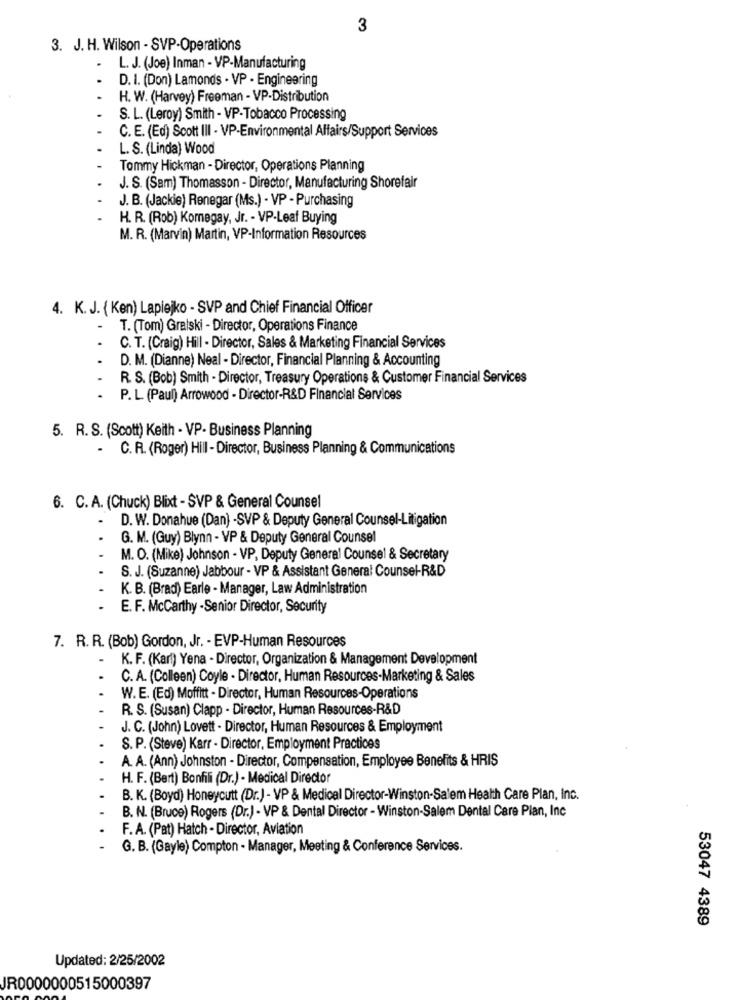
3
3. J. H. Wilson - SVP-Operations
.
L. J. (Joe) Inman - VP-Manufacturing
D. I. (Don) Lamonds - VP - Engineering
H. W. (Harvey) Freeman - VP-Distribution
S. L. (Leroy) Smith - VP-Tobacco Processing
C. E. (Ed) Scott III - VP-Environmental Affairs/Support Services
L. S. (Linda) Wood
Tommy Hickman - Director, Operations Planning
J. S. (Sam) Thomasson - Director, Manufacturing Shorefair
J. B. (Jackie) Renegar (Ms.) - VP - Purchasing
H. R. (Rob) Komnegay, Jr. - VP-Leaf Buying
M. R. (Marvin) Martin, VP-Information Resources
4. K.J. { Ken) Lapiejko - SVP and Chief Financial Officer
T. (Tom) Gralski - Director, Operations Finance
C. T. (Craig) Hill - Director, Sales & Marketing Financial Services
...
D. M. (Dianne) Neal - Director, Financial Planning & Accounting
R. S. (Bob) Smith - Director, Treasury Operations & Customer Financial Services
.
P. L. (Paul) Arrowood - Director-R&D Financial Services
5. R. S. (Scott) Keith - VP- Business Planning
.
C. R. (Roger) Hill - Director, Business Planning & Communications
6. C. A. (Chuck) Blixt - SVP & General Counsel
.
D. W. Donahue (Dan) -SVP & Deputy General Counsel-Litigation
G. M. (Guy) Blynn - VP & Deputy General Counsel
M. O. (Mike) Johnson - VP, Deputy General Counsel & Secretary
S. J. (Suzanne) Jabbour - VP & Assistant General Counsel-R&D
K. B. (Brad) Earle - Manager, Law Administration
E. F. McCarthy -Senior Director, Security
7. R. R. (Bob) Gordon, Jr. - EVP-Human Resources
K. F. (Karl) Yena - Director, Organization & Management Development
C. A. (Colleen) Coyle - Director, Human Resources-Marketing & Sales
...
W. E. (Ed) Moffitt - Director, Human Resources-Operations
R. S. (Susan) Clapp - Director, Human Resources-R&D
J. C. (John) Lovett - Director, Human Resources & Employment
S. P. (Steve) Karr - Director, Employment Practices
A. A. (Ann) Johnston - Director, Compensation, Employee Benefits & HRIS
H. F. (Bert) Bonfili (Dr.) - Medical Director
B. K. (Boyd) Honeycutt (Dr.) - VP & Medical Director-Winston-Salem Health Care Plan, Inc.
B. N. (Bruce) Rogers (Dr.) - VP & Dental Director - Winston-Salem Dental Care Plan, Inc
F. A. (Pat) Hatch - Director, Aviation
G. B. (Gayle) Compton - Manager, Meeting & Conference Services.
53047 4389
Updated: 2/25/2002
JR0000000515000397